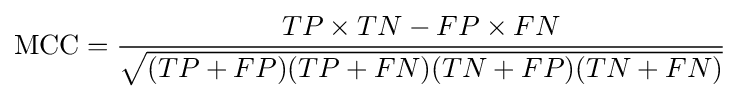
{\text{MCC}}={\frac {TP\times TN-FP\times FN}{\sqrt {(TP+FP)(TP+FN)(TN+FP)(TN+FN)}}}